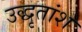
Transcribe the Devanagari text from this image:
उद्धृतांश